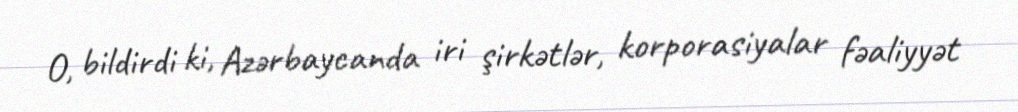
O, bildirdi ki, Azərbaycanda iri şirkətlər, korporasiyalar fəaliyyət